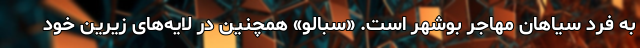
به فرد سیاهان مهاجر بوشهر است. «سبالو» همچنین در لایه‌های زیرین خود